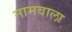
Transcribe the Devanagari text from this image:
नामवाला